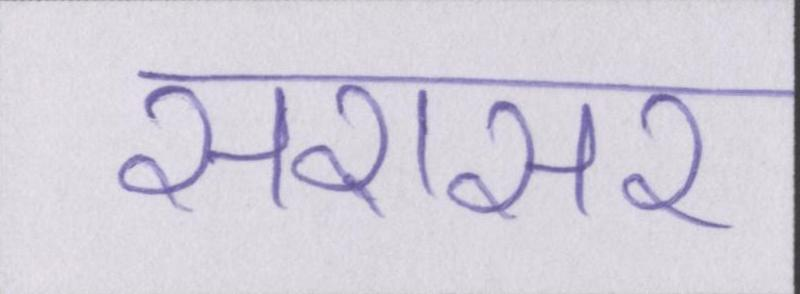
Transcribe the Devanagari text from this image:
सरासर